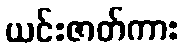
ယင်းဇာတ်ကား